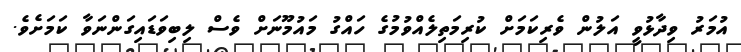
އުމަރު ވިދާޅުވީ އަލުން ވެރިކަމަށް ކުރިމަތިލެއްވުމުގެ ހައްގު މައުމޫނަށް ވެސް ލިބިވަޑައިގަންނަވާ ކަމަށެވެ.